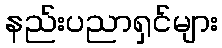
နည်းပညာရှင်များ